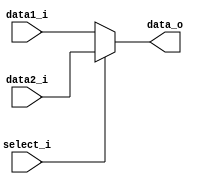
module Mux8_2
(
	data1_i,
    data2_i,
    select_i,
    data_o
);

input  [7:0] data1_i, data2_i;
input  	      select_i;
output [7:0] data_o;

assign data_o = (select_i == 0) ? data1_i : data2_i;

endmodule